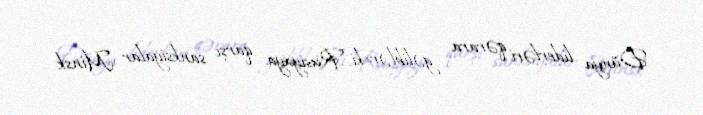
Dünya liderləri qərara gəliblər ki, Rusiyaya qarşı sanksiyalar Minsk